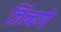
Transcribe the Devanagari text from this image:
जिंन्दगी